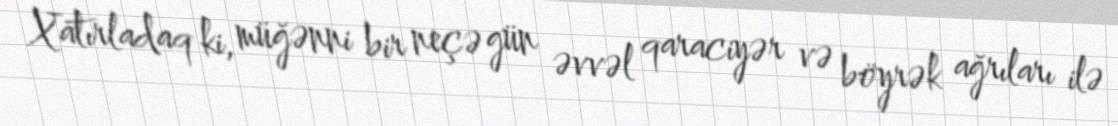
Xatırladaq ki, müğənni bir neçə gün əvvəl qaraciyər və böyrək ağrıları ilə